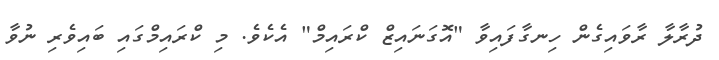
ދުރާލާ ރާވައިގެން ހިނގާފައިވާ "އޮގަނައިޒް ކްރައިމް" އެކެވެ. މި ކްރައިމްގައި ބައިވެރި ނުވާ